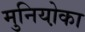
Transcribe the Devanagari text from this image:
मुनियो़का